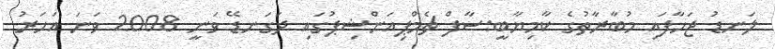
ލަނޑު ޖަހާފައި މުބާރާތުގެ ކާމިޔާބީ:ސާފް ޗެމްޕިއަންޝިޕުގައި ދަގަނޑޭ ވަނީ 2008 ވަނަ އަހަރު